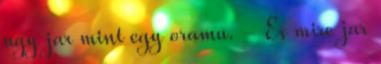
ugy jar mint egy oramu. - Es mire jar